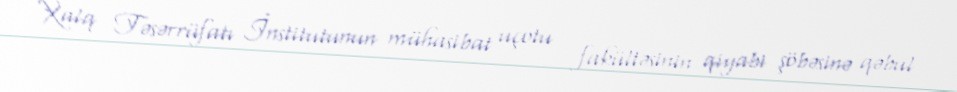
Xalq Təsərrüfatı İnstitutunun mühasibat uçotu fakültəsinin qiyabi şöbəsinə qəbul